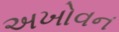
અખોવન